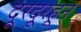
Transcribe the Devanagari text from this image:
दूरदूरहून